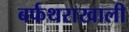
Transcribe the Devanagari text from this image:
बर्फथराखाली